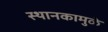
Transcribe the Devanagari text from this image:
स्थानकामुळे